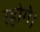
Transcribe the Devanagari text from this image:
रहोगे।